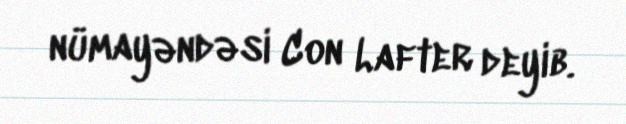
nümayəndəsi Con Lafter deyib.